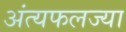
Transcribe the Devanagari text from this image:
अंत्यफलज्या